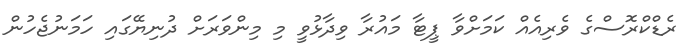
ރެޑްކްރޮސްގެ ވެރިއެއް ކަމަށްވާ ޕީޓާ މައުރާ ވިދާޅުވީ މި މިންވަރަށް ދުނިޔޭގައި ހަމަނުޖެހުން